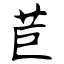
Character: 苣